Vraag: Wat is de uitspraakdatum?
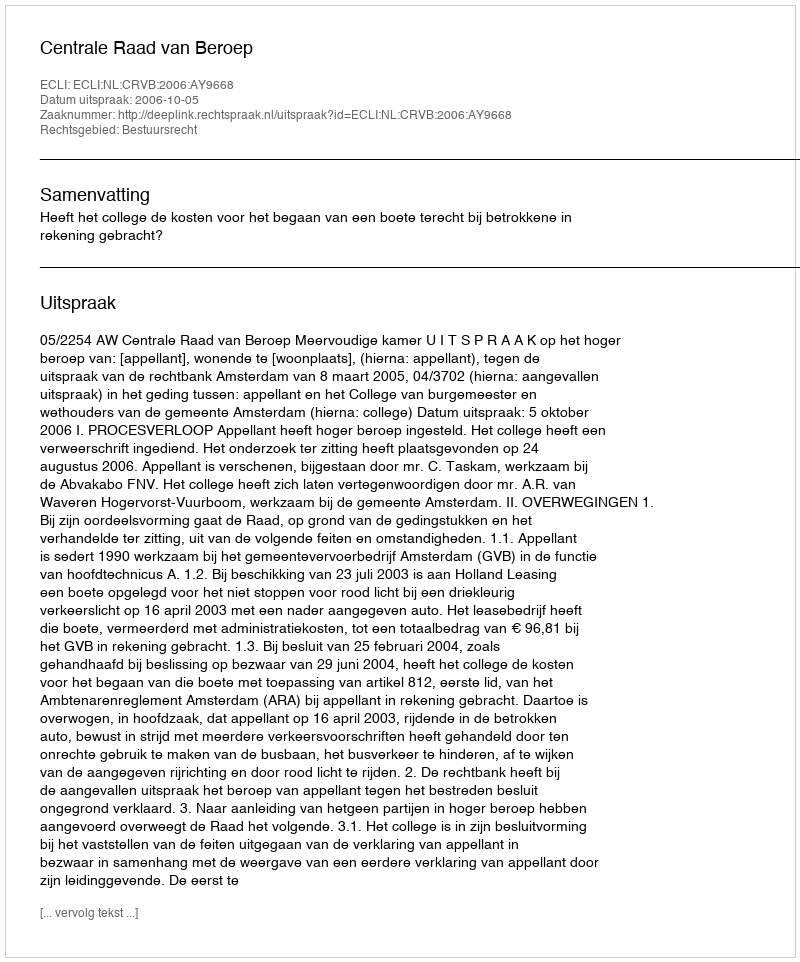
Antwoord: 2006-10-05